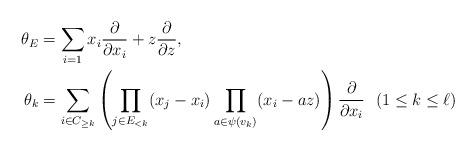
LaTeX: \begin{align*}\theta_{E}&=\sum_{i=1} x_{i} \frac{\partial}{\partial x_{i}} +z\frac{\partial}{\partial z}, \\ \theta_{k}&=\sum_{i \in C_{\geq k}} \left(\prod_{j \in E_{< k}}(x_{j}-x_{i})\prod_{a \in \psi (v_{k})}(x_{i}-az)\right)\frac{\partial}{\partial x_{i}}\ \ (1 \leq k \leq \ell)\end{align*}